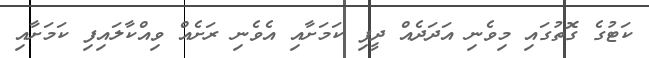
ކަޓުގެ ގޮތުގައި މިވެނި އަދަދެއް ދީފި ކަމަށާއި އެވެނި ރަށެއް ވިއްކާލައިފި ކަމަށާއި